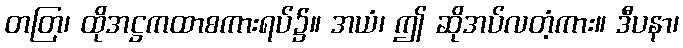
တတြ၊ ထိုအဋ္ဌကထာစကားရပ်၌။ အယံ၊ ဤ ဆိုအပ်လတံ့ကား။ ဒီပနာ၊